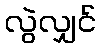
လွဲလျှင်